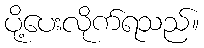
ပို့ပေးလိုက်ရသည်။